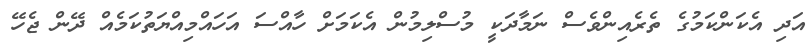
އަދި އެކަންކަމުގެ ތެރެއިންވެސް ނަމާދަކީ މުސްލިމުން އެކަމަށް ހާއްސަ އަހައްމިއްޔަތުކަމެއް ދޭން ޖެހޭ